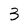
Character: 3